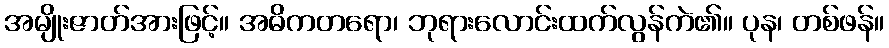
အမျိုးဇာတ်အားဖြင့်။ အဓိကတရော၊ ဘုရားလောင်းထက်လွန်ကဲ၏။ ပုန၊ တစ်ဖန်။